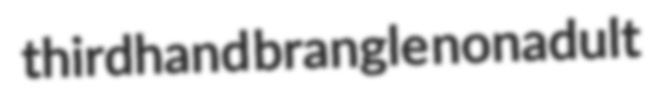
thirdhand brangle nonadult